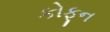
કોફૂન